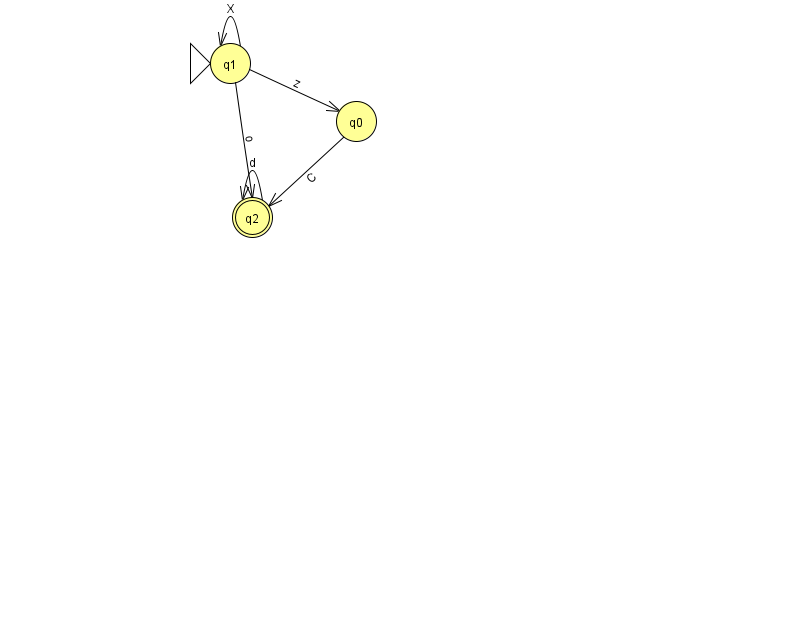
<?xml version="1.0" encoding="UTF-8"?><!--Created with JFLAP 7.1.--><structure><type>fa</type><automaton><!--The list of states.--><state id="0" name="q0"><x>356.0</x><y>108.0</y></state><state id="1" name="q1"><x>230.0</x><y>50.0</y><initial/></state><state id="2" name="q2"><x>252.0</x><y>204.0</y><final/></state><!--The list of transitions.--><transition><from>1</from><to>0</to><read>z</read></transition><transition><from>2</from><to>2</to><read>d</read></transition><transition><from>1</from><to>1</to><read>X</read></transition><transition><from>1</from><to>2</to><read>o</read></transition><transition><from>0</from><to>2</to><read>C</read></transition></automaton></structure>